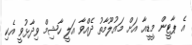
އެ ޕާޓީން މީޑީއާ އަށް މައުލޫމާތު ދެއްވާ އަލީ ހާޝިމް ވިދާޅުވީ އެކި